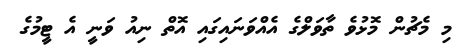
މި މެޗުން މޮޅުވެ ތާވަލްގެ އެއްވަނައިގައި އޮތް ނިއު ވަނީ އެ ޓީމުގެ